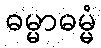
ဓမ္မာဓမ္မံ